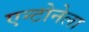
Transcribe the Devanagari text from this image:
एन्टोनेला